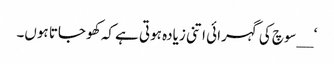
‘ __سوچ کی گہرائی اتنی زیادہ ہوتی ہے کہ کھو جاتا ہوں۔